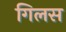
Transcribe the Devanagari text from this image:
गिलस